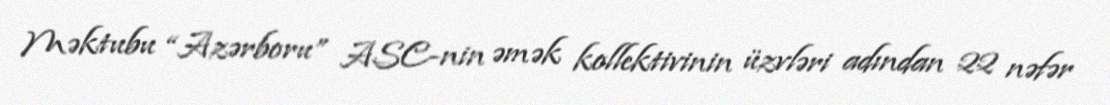
Məktubu “Azərboru” ASC-nin əmək kollektivinin üzvləri adından 22 nəfər